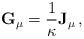
LaTeX: \begin{align*} {\bf G}_\mu = {1 \over \kappa} {\bf J}_\mu \, ,\end{align*}